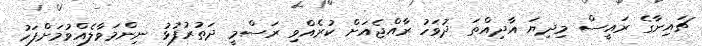
ޗައިނާގެ ރައީސް މިދިޔަ އާދިއްތަ ދުވަހު ރާއްޖެއަށް ކުރެއްވި ރަސްމީ ދަތުރުފުޅު ނިންމަވާލެއްވުމަށްފަހު